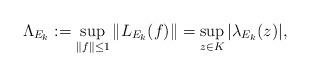
LaTeX: \begin{align*}\Lambda_{E_k}:=\sup_{\Vert f\Vert\le 1}\Vert L_{E_k}(f)\Vert=\sup_{z\in K}\vert\lambda_{E_k}(z)\vert,\end{align*}